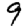
Digit: 9